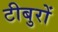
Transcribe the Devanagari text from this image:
टीबुरों